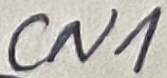
Text: CN1